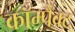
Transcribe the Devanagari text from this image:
काॅम्पैक्ट